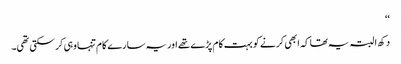
‘‘
دکھ ا لبتہ یہ تھا کہ ابھی کرنے کو بہت کام پڑے تھے اور یہ سارے کام تنہا وہی کرسکتی تھی۔